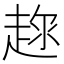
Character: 𧼇